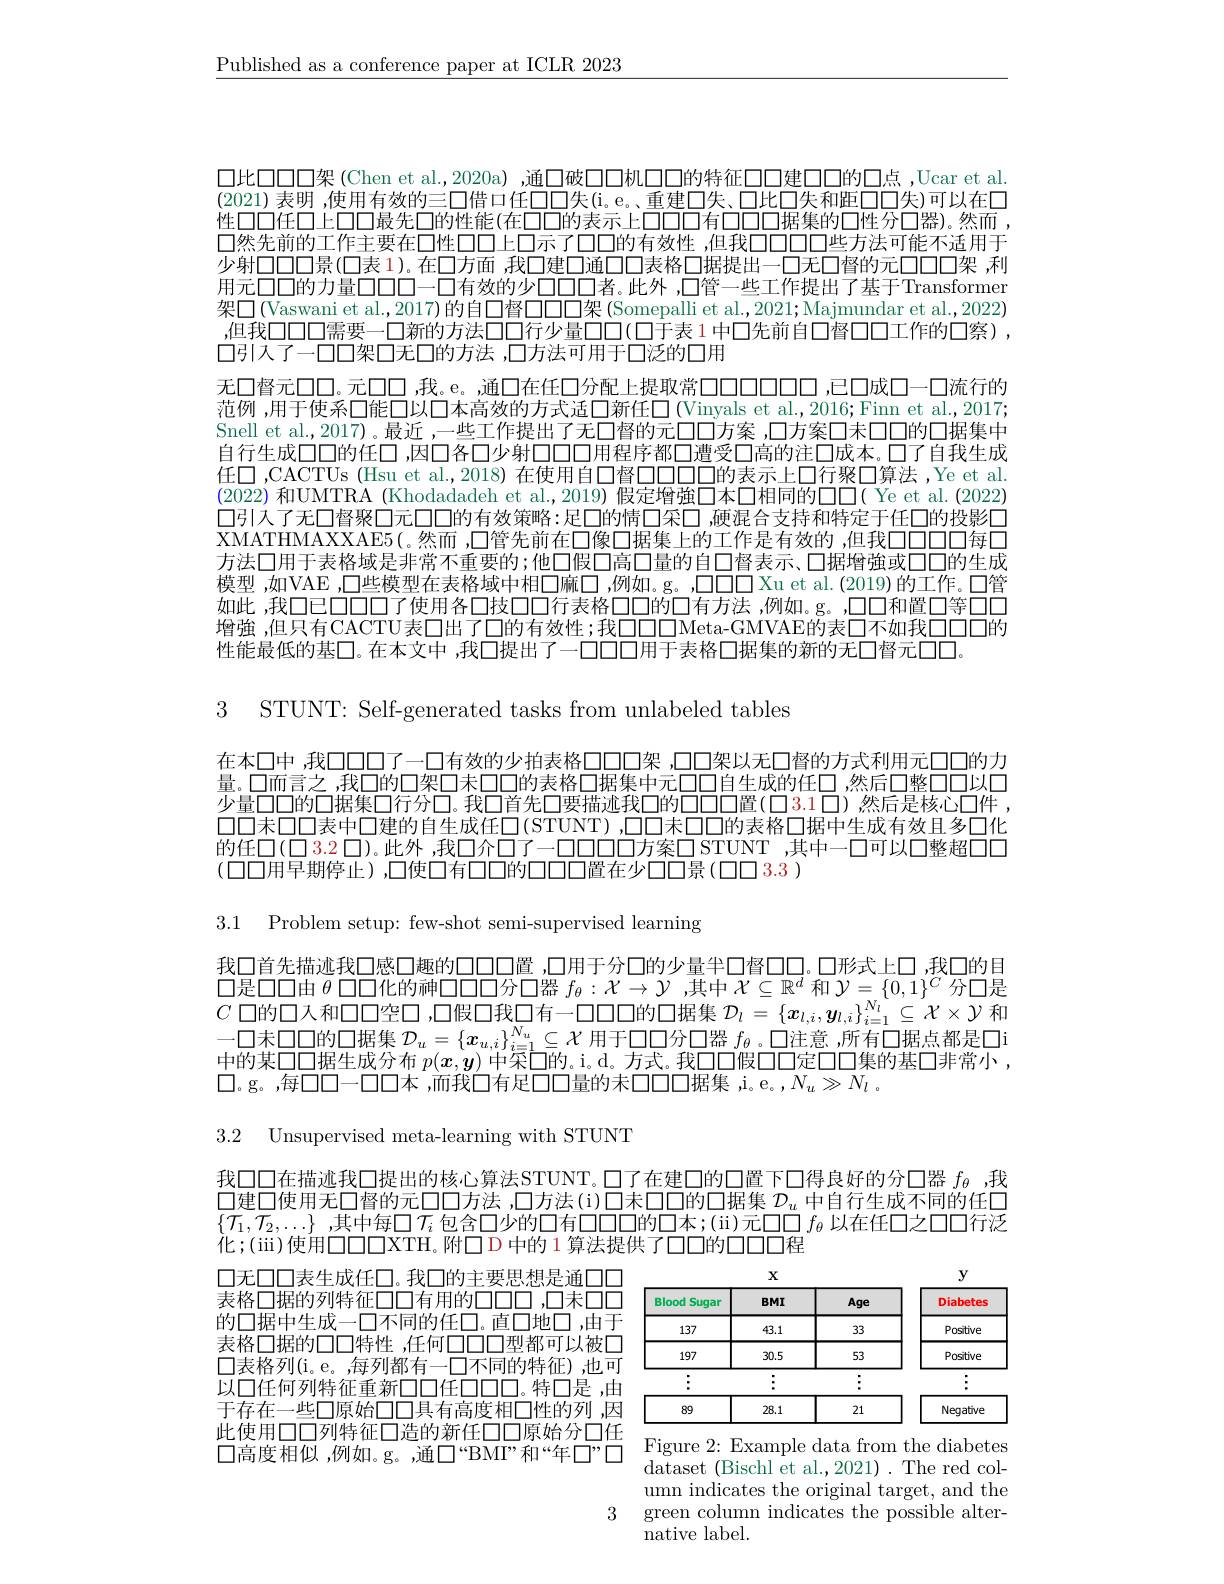
$\underline{\text{Published as a conference paper at ICLR 2023}}$

$\square 比\square\square\square\square$架(Chen et al.,2020a),通口破口口机口口的特征口口建口口的口点，Ucar et al. (2021)表明 ,使用有效的三口借口任口口失(i。e。重建口失、口比口失和距口口失)可以在口性口口任口上口口最先$\square$的性能(在口口的表示上口口口有口口口据集的口性分口器)。然而， $\square$然先前的工作主要在口性口口上口示了口口的有效性，但我口口口口些方法可能不适用于少射口口口景(口表 1)。在口方面 ,我口建口通口口表格口据提出一口无口督的元口口口架 ,利用元口口的力量口口口一口有效的少口口口者。此外，口管一些工作提出了基于Transformer 架口(Vaswani et al.,2017)的自口督□□□架(Somepalli et al.,2021;Majmundar et al.,2022) ,但我口口口需要一口新的方法口口行少量口口(口于表1 中口先前自口督口口工作的口察), 口引入了一口口架口无口的方法 ,口方法可用于口泛的口用
无口督元口口。元口口，我。e。通口在任口分配上提取常$\square\square\square\square\square\square\square\square\square\square\square\square\square\square$流行的范例 ,用于使系口能口以口本高效的方式适口新任口 (Vinyals et al.,2016; Finn et al.,2017; Snell et al.2017)。最近，一些工作提出了无口督的元口口方案 ,口方案口未口口的口据集中自行生成口口的任口 ,因口各口少射口口口用程序都口遭受口高的注口成本。口了自我生成任口 ,CACTUs (Hsu et al.,2018) 在使用自口督口口口口的表示上口行聚口算法 ,Ye et al. (2022)和UMTRA (Khodadadeh et al.,2019) 假定增強口本口相同的口( Ye et al.(2022) 口引入了无口督聚口元口口的有效策略：足口的情口采口，硬混合支持和特定于任口的投影口XMATHMAXXAE5( 。然而 ,口管先前在口像口据集上的工作是有效的 ,但我口口口口每口方法口用于表格域是非常不重要的；他口假口高口量的自口督表示、口据增強或口口的生成模型，如VAE，口些模型在表格域中相口麻口，例如。g。,口口口口 Xu et al.(2019)的工作。口管如此，我口已$\square\square\square\square$了使用各口技口口行表格口口的口有方法，例如。g。,口口和置口等口口增強 ,但只有CACTU表口出了口的有效性；我$\square\square\square\bar{\text{Meta-GMVAE的表}\square}$不如我口口口的性能最低的基口。在本文中 ,我口提出了一口口口用于表格口据集的新的无口督元口口

3 STUNT: Self-generated tasks from unlabeled tables

在本口中，我口口口了一口有效的少拍表格口口口架 ,口口架以无口督的方式利用元口口的力量。口而言之，我口的口架口未口口的表格口据集中元口口自生成的任口 ,然后口整口口以口少量口口的口据集口行分口。我口首先口要描述我口的口口口置(口3.1口)然后是核心口件， 口口未口口表中口建的自生成任$\square ($STUNT) ,口口未口口的表格口据中生成有效且多口化的任$\square(\square3.2\square)$。此外，我口介口了一口口口口方案口 STUNT ,其中一口可以口整超口口(口口用早期停止),口使口有口口的口口口置在少口口景(口口3.3)

3.1 Problem setup: few-shot semi-supervised learning

我口首先描述我口感口趣的口口口置 ,口用于分口的少量半口督口口。口形式上口，我口的目$\square$是口口由$\theta$口口化的神口口口分口器$f_\theta:\mathcal{X}\to\mathcal{Y}$ ,其中$\mathcal{X}\subseteq\mathbb{R}^d$和$\mathcal{Y}=\{0,1\}^C$分口是$C$
$\square\square$的口据集 $\mathcal{D}_l=\{\boldsymbol{x}_l,i,\boldsymbol{y}_{l,i}\}_{i=1}^{N_l}\subseteq\mathcal{X}\times\mathcal{Y}$ 和
一口未口口的口据集$\mathcal{D}_u=\{x_{u,i}\}_{i=1}^{N_u}\subseteq\mathcal{X}$用于口口分口器$f_\theta$ 。口注意 ,所有口据点都是◯i 中的某口口据生成分布$p(\boldsymbol{x},\boldsymbol{y})$中采口的。i。d。方式。我口口假口口定口口集的基口非常小， $\square$。g。,每00-00本 ,而我口有足口口量的未口口口据集 ,i。e。,$N_u\gg N_l$ .

3.2 Unsupervised meta-learning with STUNT

我口口在描迹我口提出的核心算法STUNT。$\square$了在建口的口置下口得良好的分口器 $f_\mathrm{\theta}$ ,我$\square$建口使用无口督的元口口方法，口方法(i)口未口口的口据集 $\mathcal{D}_u$ 中自行生成不同的任口$\{\overline{\mathcal{T}}_1,\overline{\mathcal{T}}_2,\ldots\}$ ,其中每$\square T_i$ 包含口少的口有口口口的口本；(ii)元口口$f_\theta$ 以在任口之口口行泛化；(iii)使用口口口XTH。附口D 中的 1 算法提供了口口的口口口程

口无口口表生成任口。我口的主要思想是通口口表格口据的列特征口口有用的口口口，口未口口的口据中生成一口不同的任口。直口地口，由于表格口据的口口特性，任何口口口型都可以被口$\square$表格列(i。e。,每列都有一口不同的特征),也可以口任何列特征重新口口任口口口。特口是 ,由于存在一些口原始口口具有高度相口性的列 ,因此使用口口列特征口造的新任口口原始分口任口高度相似，例如。g。,通口“BMI”和“年$\square ” \square$ Figure 2: Example data from the diabetes

<table>
	<tbody>
		<tr>
			<th>Blood Sugar</th>
			<th>$BMI$</th>
			<th>Age</th>
			<th>Diabetes</th>
		</tr>
		<tr>
			<td>137</td>
			<td>43.1</td>
			<td>33</td>
			<td>Positive</td>
		</tr>
		<tr>
			<td>197</td>
			<td>30.5</td>
			<td>53</td>
			<td>Positive</td>
		</tr>
		<tr>
			<td> </td>
			<td>$\vdots$ T</td>
			<td> </td>
			<td> </td>
		</tr>
		<tr>
			<td>89</td>
			<td>28.1</td>
			<td>21</td>
			<td>Neqative</td>
		</tr>
	</tbody>
</table>

umn indicates the original target, and the
3 green column indicates the possible alter-
${\mathrm{native~label.}}$